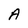
Character: A